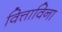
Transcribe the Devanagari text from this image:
वित्ताविना